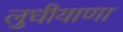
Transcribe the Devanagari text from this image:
लुधीयाणा